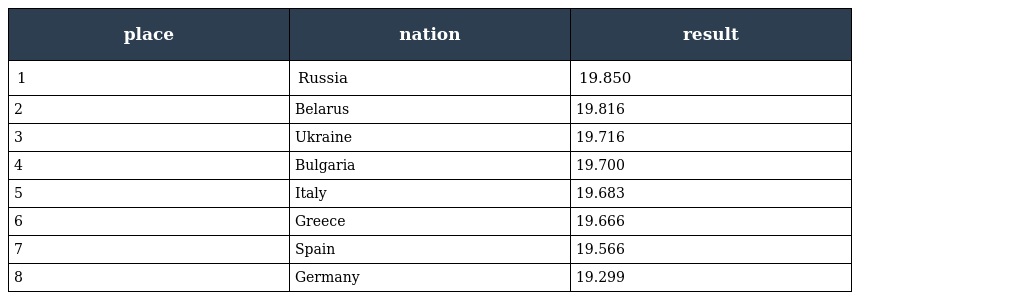
| place | nation | result |
 | --- | --- | --- |
 | 1 | Russia | 19.850 |
 | 2 | Belarus | 19.816 |
 | 3 | Ukraine | 19.716 |
 | 4 | Bulgaria | 19.700 |
 | 5 | Italy | 19.683 |
 | 6 | Greece | 19.666 |
 | 7 | Spain | 19.566 |
 | 8 | Germany | 19.299 |